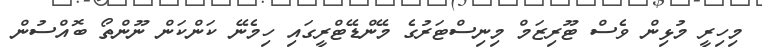
މިހިރީ މުޅިން ވެސް ޓޫރިޒަމް މިނިސްޓަރުގެ މޭންޑޭޓްރީގައި ހިމެނޭ ކަންކަން ނޫންތޯ ބޮއްސުން